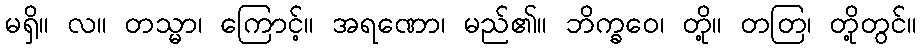
မရှိ။ လ။ တသ္မာ၊ ကြောင့်။ အရဏော၊ မည်၏။ ဘိက္ခဝေ၊ တို့။ တတြ၊ တို့တွင်။